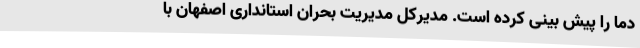
دما را پیش بینی کرده است. مدیرکل مدیریت بحران استانداری اصفهان با